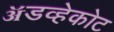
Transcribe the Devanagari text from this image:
ॲडव्हेकोट